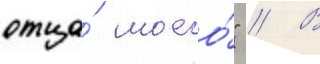
отца́ моего́" // В